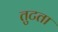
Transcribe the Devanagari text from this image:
तुटता